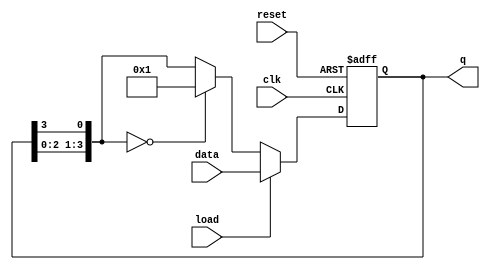
module LoadableRingCounter #(
    parameter N = 4 // Number of bits in the counter
)(
    input wire clk,              // Clock signal
    input wire load,             // Load control signal
    input wire [N-1:0] data,     // Data input vector for loading
    input wire reset,            // Reset signal
    output reg [N-1:0] q         // Counter output
);

// Internal signals
reg [N-1:0] temp_q; // Temporary register for counting

// Always block for state transition
always @(posedge clk or posedge reset) begin
    if (reset) begin
        // Reset all flip-flops to 0
        q <= {N{1'b0}};
    end else if (load) begin
        // Load new value on load signal
        q <= data;
    end else begin
        // Ring counter operation
        temp_q = {q[N-2:0], q[N-1]}; // Shift right
        if (temp_q == {N{1'b0}}) begin
            q <= 1'b1; // Initialize to the first bit if all are zero
        end else begin
            q <= temp_q; // Continue the ring counting
        end
    end
end

endmodule